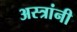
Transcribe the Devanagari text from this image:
अस्त्रांनी